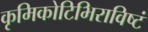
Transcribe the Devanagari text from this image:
कृमिकोटिभिराविष्टं